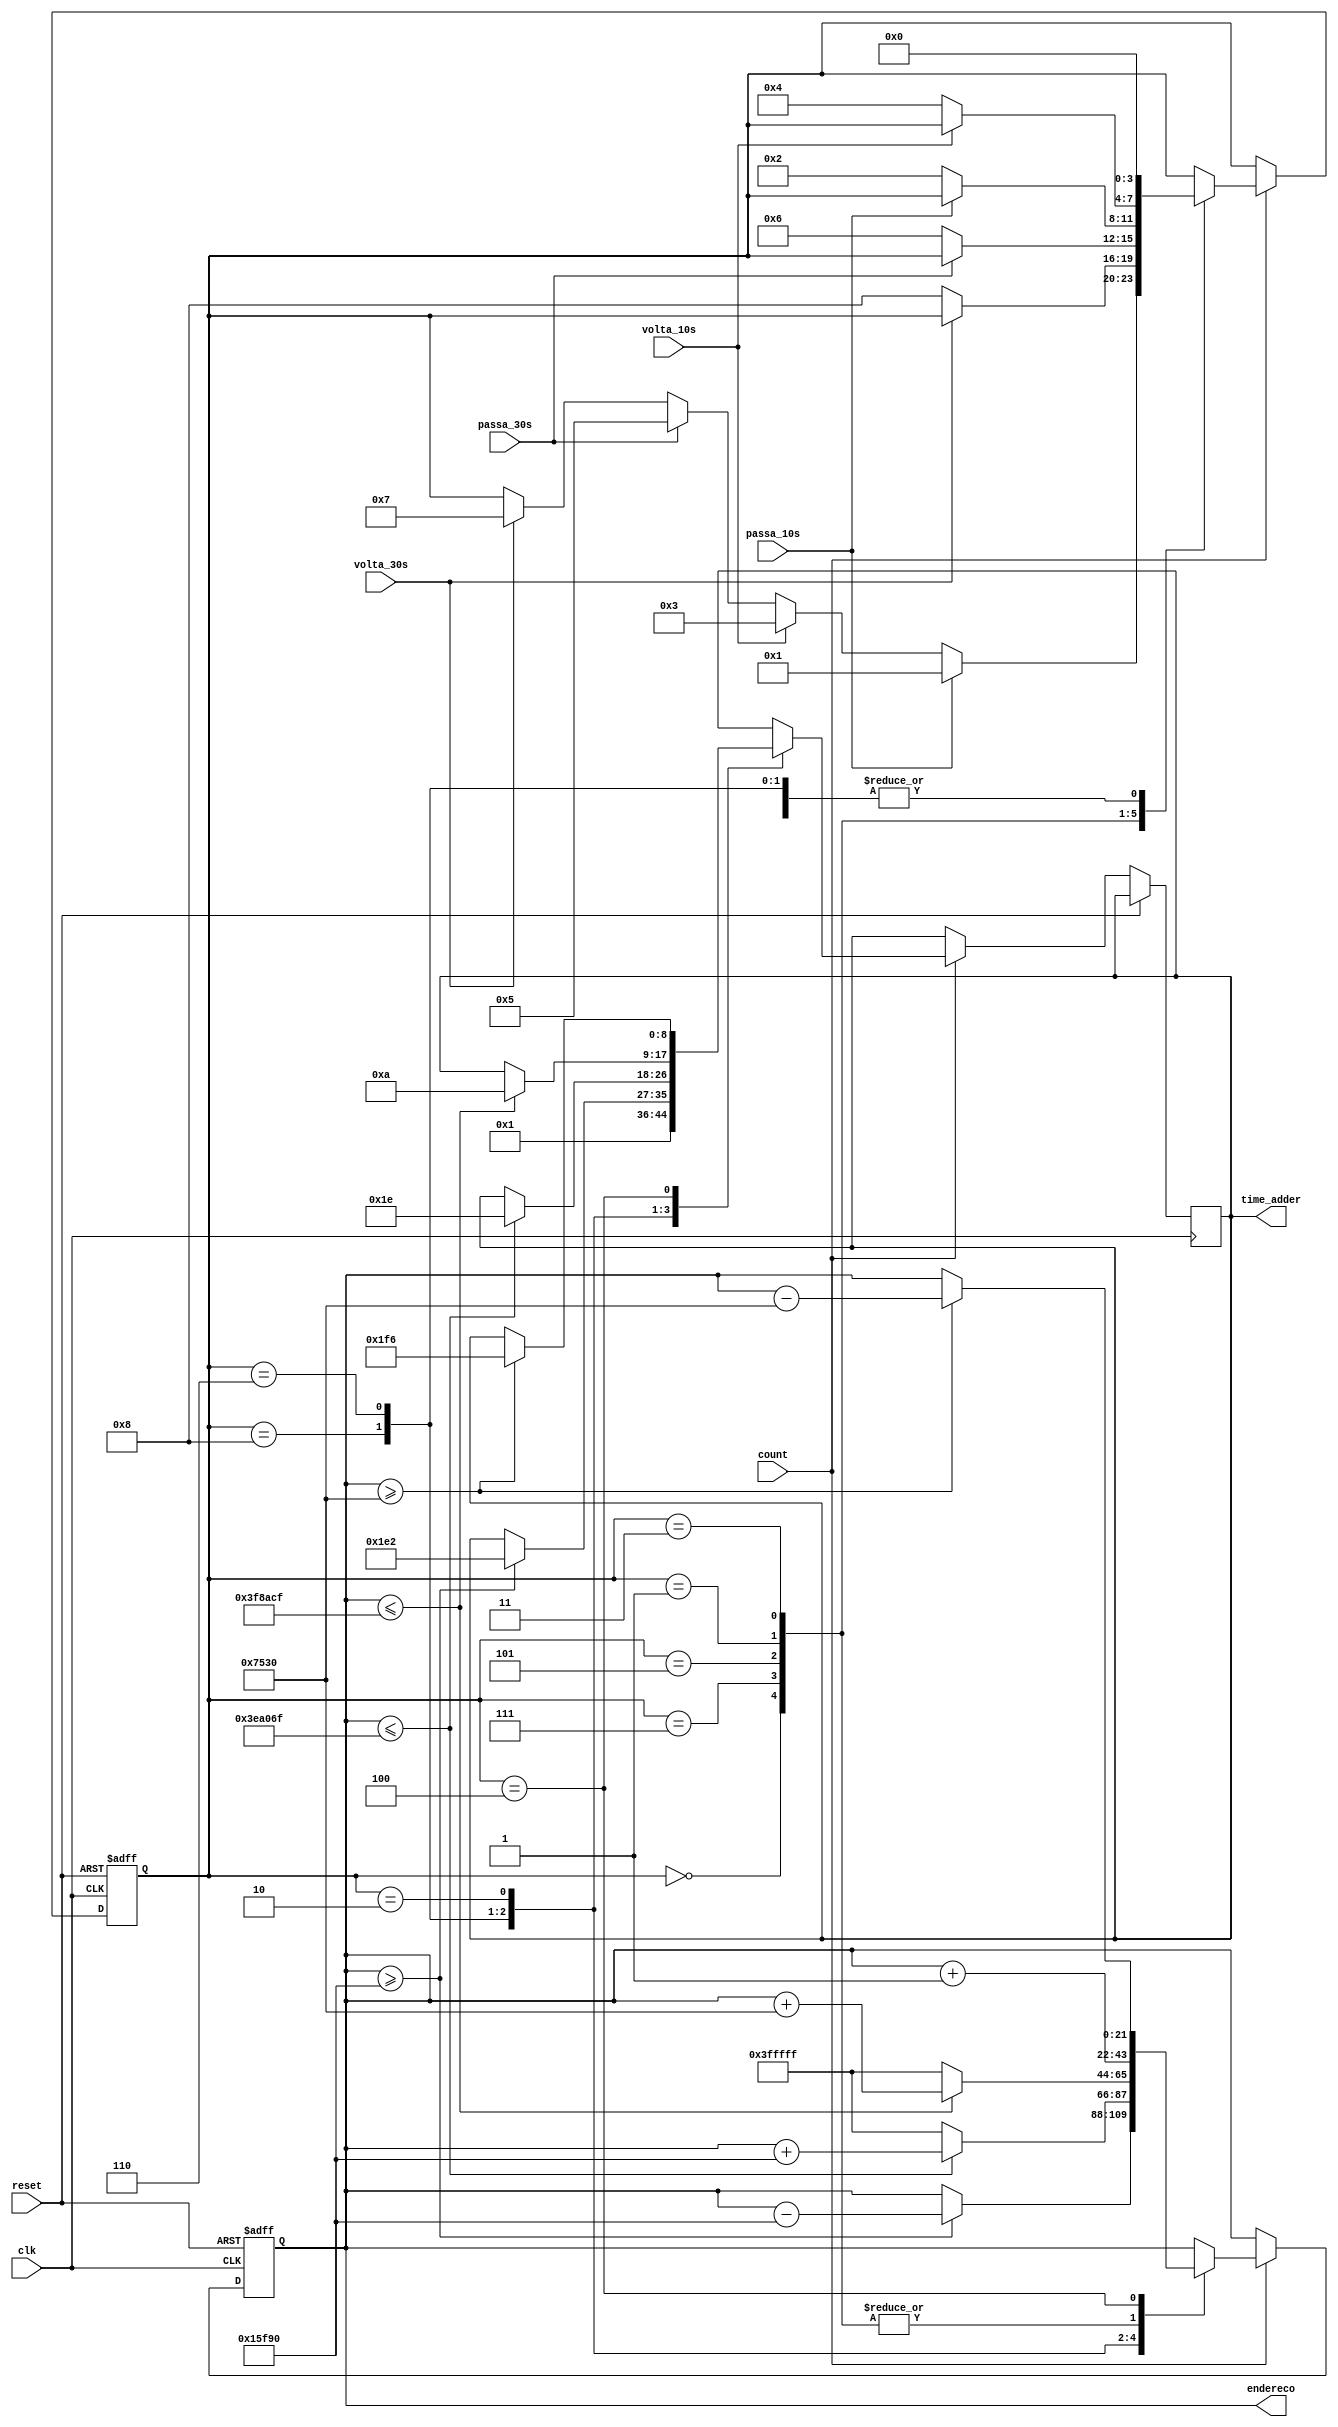
/**
 * Mquina de estados para gerenciar os endereos de memria a serem acessados
 *  
 *  @input passa_10s: boto para passar 10 segundos da msica
 *  @input volta_10s: boto para voltar 10 segundos da msica atual
 *  @input passa_30s: boto para passar 30 segundos da msica
 *  @input volta_30s: boto para voltar 30 segundos da msica atual
 *  @input count: indica se a contagem deve ou no continuar.
 *  @input reset: boto para reiniciar a msica (voltar a contagem para o incio)
 *  @input clk: sinal de clock (deve ter 3kHz de frequncia).
 *  @output endereco: ltimos 22 bits para o endereo da palavra atual da msica
 *  @output time_adder: nmero que deve ser adicionado no display de tempo
 *
**/
module ASM_endereco_atual(
  input wire passa_10s,
  input wire volta_10s,
  input wire passa_30s,
  input wire volta_30s,
  input wire count,
  input wire reset,
  input wire clk,
  output reg[21:0] endereco,
  output reg signed [8:0] time_adder
);

  reg[3:0] state;

  /* Condificao dos estados */
  parameter inicio = 4'b000,
            apertou_mais_10s = 4'b0001,
            soltou_mais_10s = 4'b0010,
            apertou_menos_10s = 4'b0011,
            soltou_menos_10s = 4'b0100,
            apertou_mais_30s = 4'b0101,
            soltou_mais_30s = 4'b0110,
            apertou_menos_30s = 4'b0111,
            soltou_menos_30s = 4'b1000;
  
  /* Parmetros teis */
  parameter addrs_por_segundo = 22'd3000, // 3kHz
            dez_segundos = 10 * addrs_por_segundo,
            trinta_segundos = 30 * addrs_por_segundo,
            max_addr = {22{1'b1}}; // 2^20 - 1
  
  /* Estado incial da mquina */
  initial begin
    state <= inicio;
    endereco = 22'b0;
    time_adder <= 9'b1;
  end

  always @(posedge clk, posedge reset) begin
    /* Estado de reset */
    if (reset == 1'b1) begin
      state <= inicio;
      endereco = 22'b0;
    end

    /* O fluxo da mquina deve continuar apenas se count for nvel lgico alto */
    else if (count == 1'b1) begin
      /* Implementao do diagrama ASM da documentao */
      case (state) 

        inicio: begin
          time_adder <= 9'b1;
          endereco = endereco + 22'b1;
          if (passa_10s == 1'b1)
            state <= apertou_mais_10s;
          else if (volta_10s == 1'b1)
            state <= apertou_menos_10s;
          else if (passa_30s == 1'b1)
            state <= apertou_mais_30s;
          else if (volta_30s == 1'b1)
            state <= apertou_menos_30s;
        end

        apertou_menos_30s: begin
          endereco = endereco + 22'b1;
          if (volta_30s == 1'b0)
            state <= soltou_menos_30s;
        end

        soltou_menos_30s: begin
          if (endereco >= trinta_segundos) begin
            time_adder <= -9'd30;
            endereco = endereco - trinta_segundos;
          end
          state <= inicio;
        end
        
        apertou_mais_30s: begin
          endereco = endereco + 22'b1;
          if (passa_30s == 1'b0)
            state <= soltou_mais_30s;
        end

        soltou_mais_30s: begin 
          if (endereco <= max_addr - trinta_segundos) begin
            time_adder <= 9'd30;
            endereco = endereco + trinta_segundos;
          end
          else
            endereco = max_addr;
          state <= inicio;
        end

        apertou_mais_10s: begin
          endereco = endereco + 22'b1;
          if (passa_10s == 1'b0)
            state <= soltou_mais_10s;
        end

        soltou_mais_10s: begin
          if (endereco <= max_addr - dez_segundos) begin
            time_adder <= 9'd10;
            endereco = endereco + dez_segundos;
          end
          else
            endereco = max_addr;
          state <= inicio;
        end

        apertou_menos_10s: begin
          endereco = endereco + 22'b1;
          if (volta_10s == 1'b0)
            state <= soltou_menos_10s;
        end

        soltou_menos_10s: begin
          if (endereco >= dez_segundos) begin  // A msica s deve voltar se for possvel
            time_adder <= -9'd10;
            endereco = endereco - dez_segundos;
          end
            
          state <= inicio;
        end
      endcase

    end

  end

endmodule